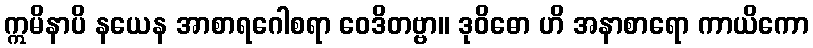
ဣမိနာပိ နယေန အာစာရဂေါစရာ ဝေဒိတဗ္ဗာ။ ဒုဝိဓော ဟိ အနာစာရော ကာယိကော